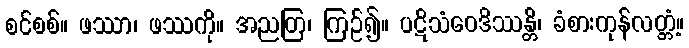
စင်စစ်။ ဖဿာ၊ ဖဿကို။ အညတြ၊ ကြဉ်၍။ ပဋိသံဝေဒိဿန္တိ၊ ခံစားကုန်လတ္တံ့။